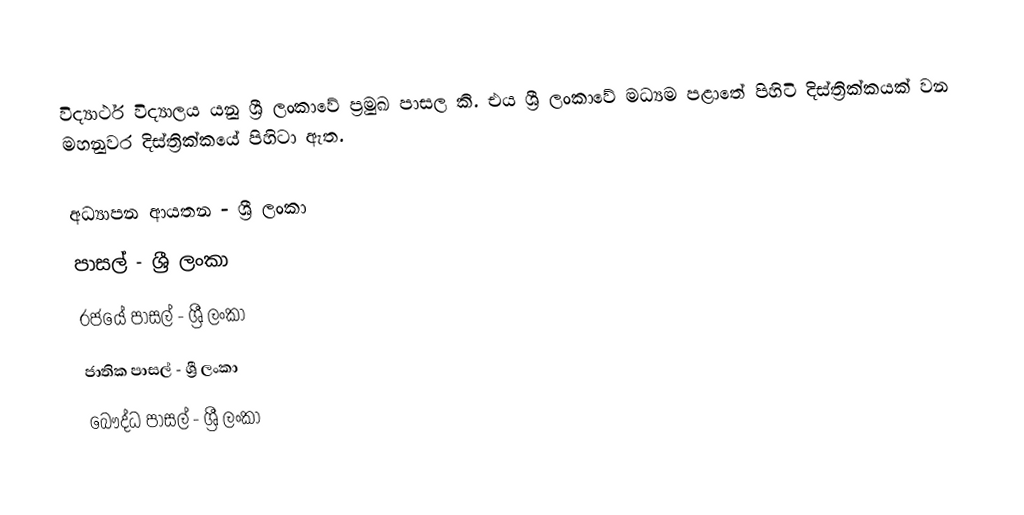
විද්‍යාර්ථ විද්‍යාලය යනු ශ්‍රී ලංකාවේ  ප්‍රමුඛ පාසල කි. එය ශ්‍රී ලංකාවේ මධ්‍යම පළාතේ පිහිටි දිස්ත්‍රික්කයක් වන  මහනුවර දිස්ත්‍රික්කයේ පිහිටා ඇත.

අධ්‍යාපන ආයතන - ශ්‍රී ලංකා
පාසල් - ශ්‍රී ලංකා
රජයේ පාසල් - ශ්‍රී ලංකා
ජාතික පාසල් - ශ්‍රී ලංකා
බෞද්ධ පාසල් - ශ්‍රී ලංකා